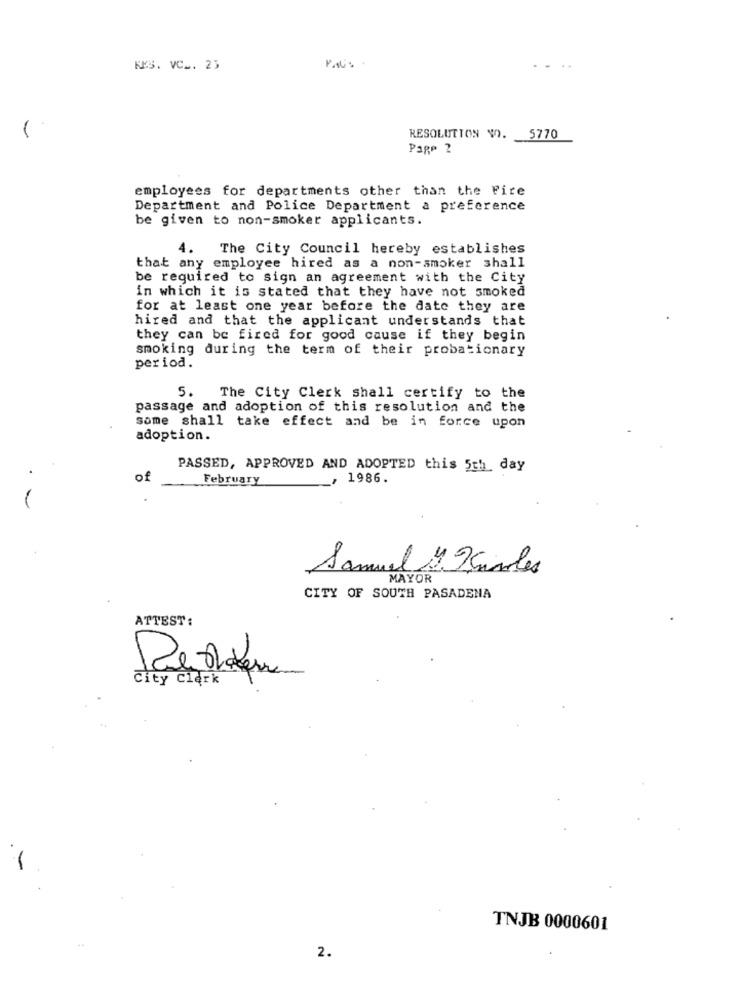
KES. VC _. 25
1
RESOLUTION NO. 5770
Page 2
employees for departments other than the Fire
Department and Police Department a preference
be given to non-smoker applicants.
4.
The City Council hereby establishes
that any employee hired as a non-smoker shall
be required to sign an agreement with the City
in which it is stated that they have not smoked
for at least one year before the date they are
hired and that the applicant understands that
they can be fired for good cause if they begin
smoking during the term of their probationary
period.
5. The City Clerk shall certify to the
passage and adoption of this resolution and the
some shall take effect and be in force upon
adoption.
PASSED, APPROVED AND ADOPTED this 5th, day
.
of
February
, 1986.
Samuel 47 Samles
MAYOR
CITY OF SOUTH PASADENA
ATTEST:
City Clerk
TNJB 0000601
2.